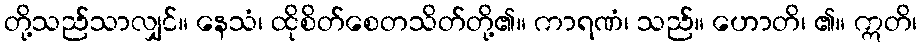
တို့သည်သာလျှင်။ နေသံ၊ ထိုစိတ်စေတသိတ်တို့၏။ ကာရဏံ၊ သည်။ ဟောတိ၊ ၏။ ဣတိ၊